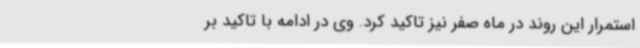
استمرار این روند در ماه صفر نیز تاکید کرد. وی در ادامه با تاکید بر